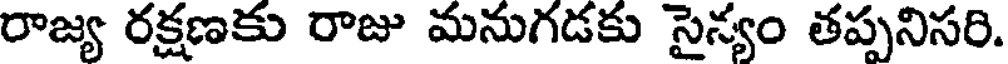
రాజ్య రక్షణకు రాజు మనుగడకు సైన్యం తప్పనిసరి.